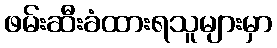
ဖမ်းဆီးခံထားရသူများမှာ